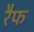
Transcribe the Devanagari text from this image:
रैफ